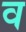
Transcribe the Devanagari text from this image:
व